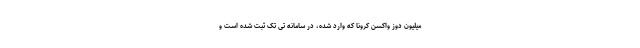
میلیون دوز واکسن کرونا که وارد شده، در سامانه تی تک ثبت شده است و